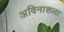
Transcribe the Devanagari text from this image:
अविनाशला